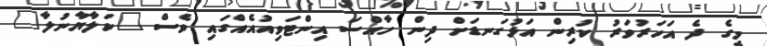
މީގެ ދެ އަހަރުވަރު ކުރިން އަޅުގަނޑަށް ދިން ހާއްސަ އިންޓަވިއުއެއްގައި ވެސް "ކަލާޔާނުލާ"